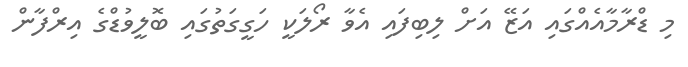
މި ޑްރާމާއެއްގައި އަޒޭ އަށް ލިބިފައި އެވާ ރޯލަކީ ހަގީގަތުގައި ބޮލީވުޑްގެ އިރްފާން